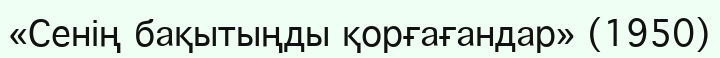
«Сенің бақытыңды қорғағандар» (1950)